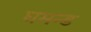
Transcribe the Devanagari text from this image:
घमन्ड